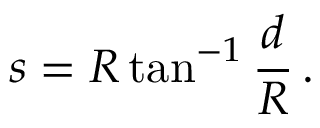
s = R \tan ^ { - 1 } { \frac { d } { R } } \, .